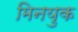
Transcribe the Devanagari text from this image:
मिनयुक